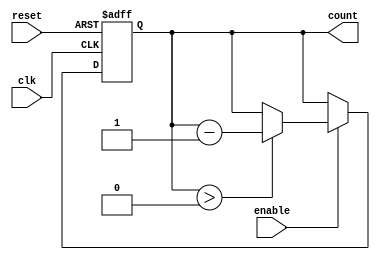
module down_counter #(
    parameter N = 15  // Maximum count value (can be adjusted as needed)
) (
    input wire clk,        // Clock input
    input wire enable,     // Enable signal
    input wire reset,      // Asynchronous reset signal
    output reg [clog2(N+1)-1:0] count // Current counter value
);

// Function to calculate the ceiling of log2(N+1)
function integer clog2;
    input integer value;
    begin
        clog2 = 0;
        while (2 ** clog2 < value) begin
            clog2 = clog2 + 1;
        end
    end
endfunction

// Asynchronous reset and counter behavior
always @(posedge clk or posedge reset) begin
    if (reset) begin
        count <= N; // Reset to maximum value N
    end else if (enable) begin
        if (count > 0) begin
            count <= count - 1; // Decrement counter if enable is high
        end
        // If count is already 0, it remains at 0
    end
    // If enable is low, the counter holds its value
end

endmodule